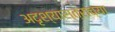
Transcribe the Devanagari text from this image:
अदृश्यास्त्राच्या